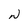
Character: N